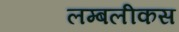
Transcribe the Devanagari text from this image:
लम्बलीकस